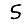
Digit: 5